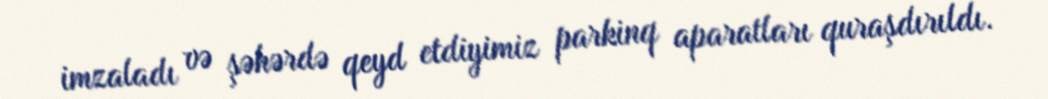
imzaladı və şəhərdə qeyd etdiyimiz parkinq aparatları quraşdırıldı.